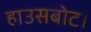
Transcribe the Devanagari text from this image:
हाउसबोट।